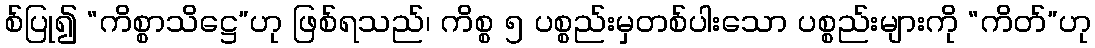
စ်ပြု၍ “ကိစ္စာသိဋ္ဌေ”ဟု ဖြစ်ရသည်၊ ကိစ္စ ၅ ပစ္စည်းမှတစ်ပါးသော ပစ္စည်းများကို “ကိတ်”ဟု